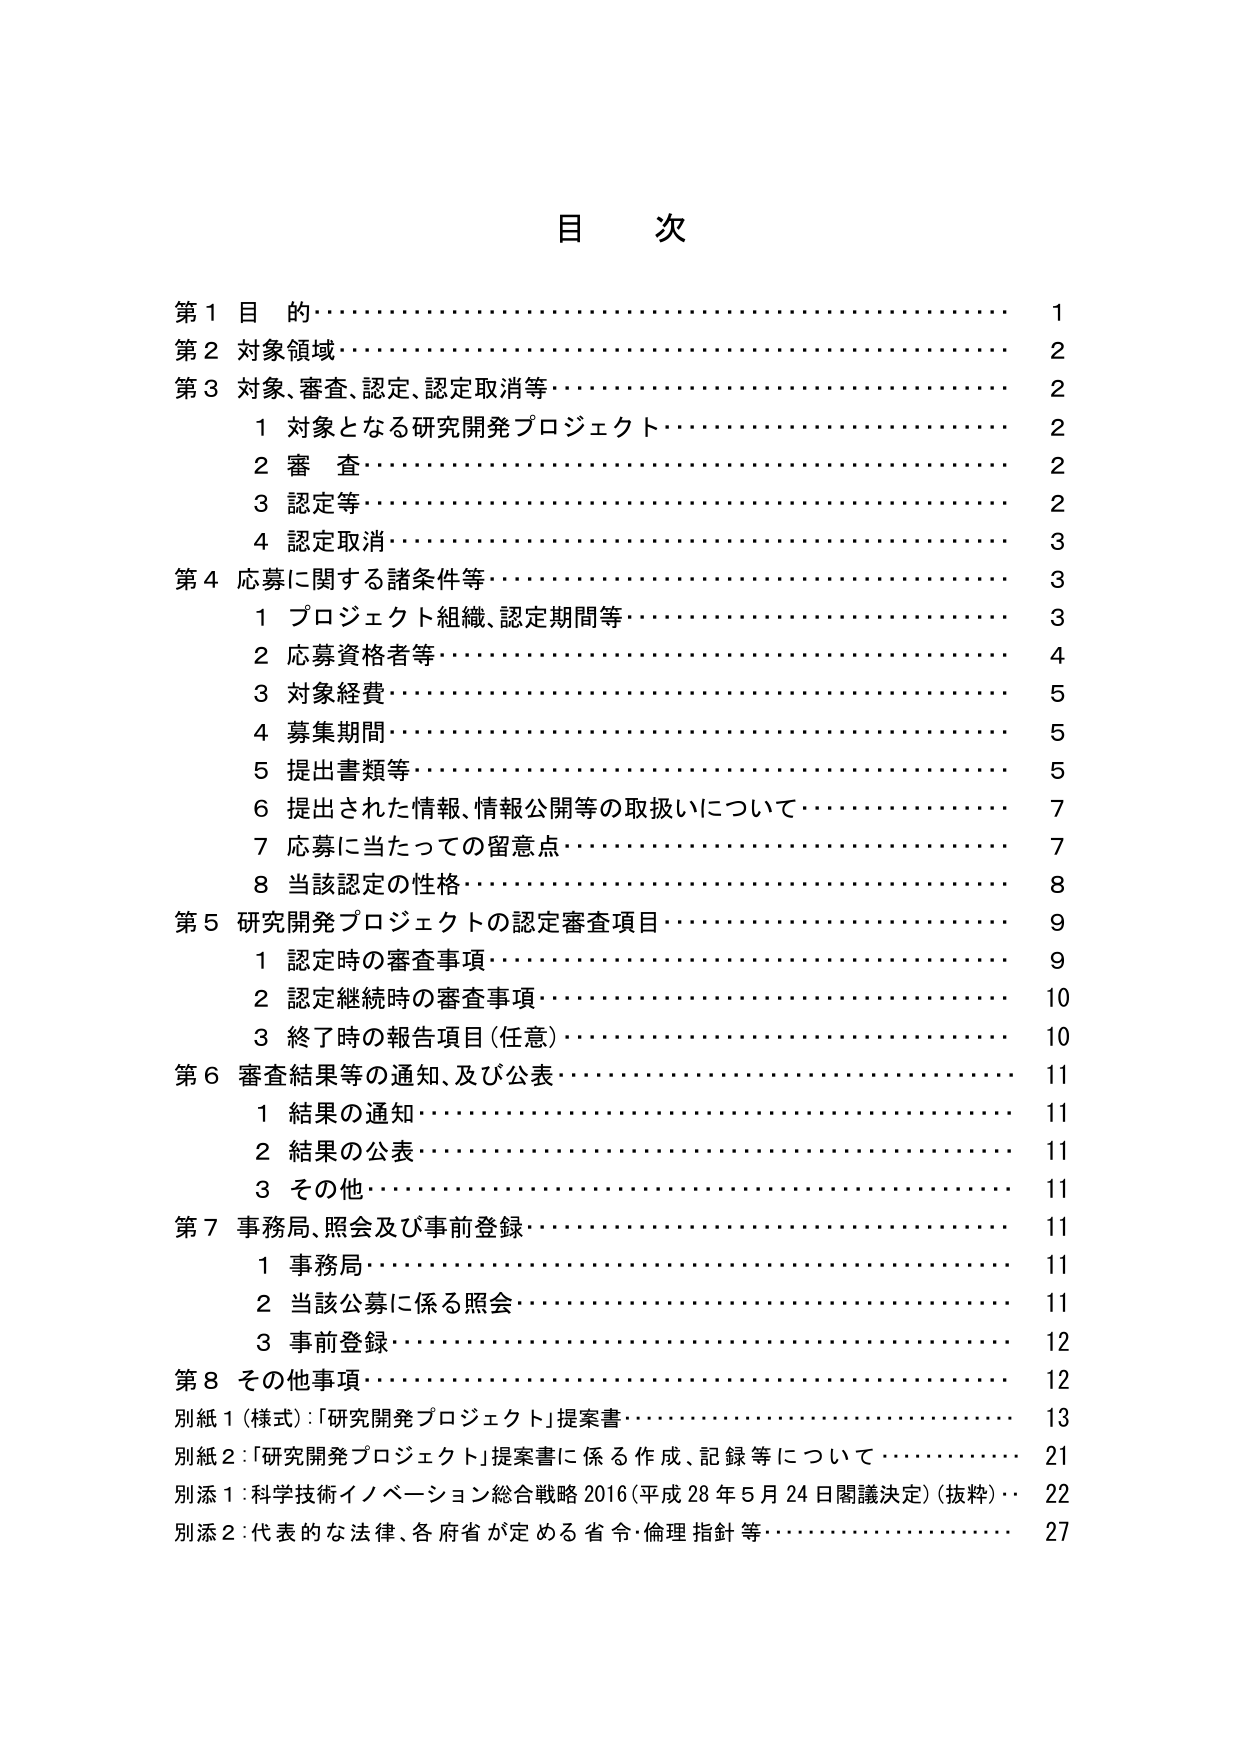
目 次

第１目 的…………………………………………………………… 1
第２対象領域……………………………………………………… 2
第３対象、審査、認定、認定取消等…………………………… 2
　　１ 対象となる研究開発プロジェクト……………………… 2
　　２ 審 査……………………………………………………… 2
　　３ 認定等……………………………………………………… 2
　　４ 認定取消…………………………………………………… 3
第４応募に関する諸条件等……………………………………… 3
　　１ プロジェクト組織、認定期間等………………………… 3
　　２ 応募資格者等……………………………………………… 4
　　３ 対象経費…………………………………………………… 5
　　４ 募集期間…………………………………………………… 5
　　５ 提出書類等………………………………………………… 5
　　６ 提出された情報、情報公開等の取扱いについて………… 7
　　７ 応募に当たっての留意点………………………………… 7
　　８ 当該認定の性格…………………………………………… 8
第５研究開発プロジェクトの認定審査項目…………………… 9
　　１ 認定時の審査事項………………………………………… 9
　　２ 認定継続時の審査事項…………………………………… 10
　　３ 終了時の報告項目（任意）……………………………… 10
第６審査結果等の通知、及び公表……………………………… 11
　　１ 結果の通知………………………………………………… 11
　　２ 結果の公表………………………………………………… 11
　　３ その他……………………………………………………… 11
第７事務局、照会及び事前登録………………………………… 11
　　１ 事務局……………………………………………………… 11
　　２ 当該公募に係る照会……………………………………… 11
　　３ 事前登録…………………………………………………… 12
第８その他事項…………………………………………………… 12
別紙１（様式）：「研究開発プロジェクト」提案書…………… 13
別紙２：「研究開発プロジェクト」提案書に係る作成、記録等について…… 21
別添１：科学技術イノベーション総合戦略 2016（平成 28 年 5 月 24 日閣議決定）（抜粋）… 22
別添２：代表的な法律、各府省が定める省令・倫理指針等…………………… 27